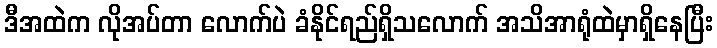
ဒီအထဲက လိုအပ်တာ လောက်ပဲ ခံနိုင်ရည်ရှိသလောက် အသိအာရုံထဲမှာရှိနေပြီး